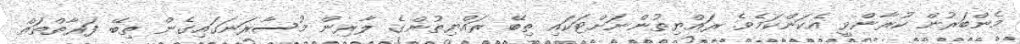
މެންބަރުން ކުރާންވީ އެކަންކަމެވެ. ރައްޔިތުންނަށްޓަކައި ތިބޭ ރައްޔިތުންގެ ލާރިން މުސާރަނަގައިގެން ތިބޭ ފަރާތްތައް